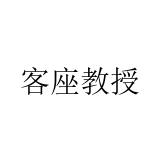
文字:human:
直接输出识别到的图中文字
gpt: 客座教授